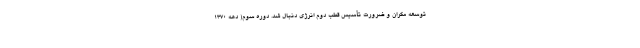
توسعه مکران و ضرورت تأسیس قطب دوم انرژی دنبال شد. دوره سوم( دهه ۱۳۷۰